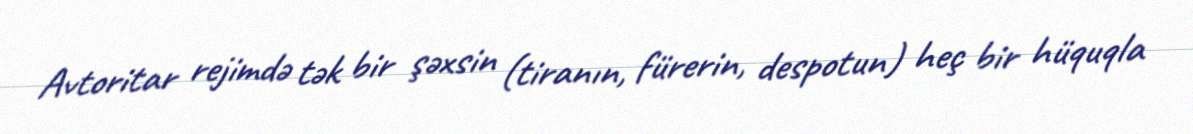
Avtoritar rejimdə tək bir şəxsin (tiranın, fürerin, despotun) heç bir hüquqla